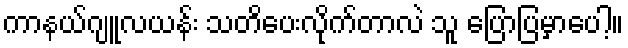
ကာနယ်ဂျူလယန်း သတိပေးလိုက်တာလဲ သူ ပြောပြမှာပေါ့။